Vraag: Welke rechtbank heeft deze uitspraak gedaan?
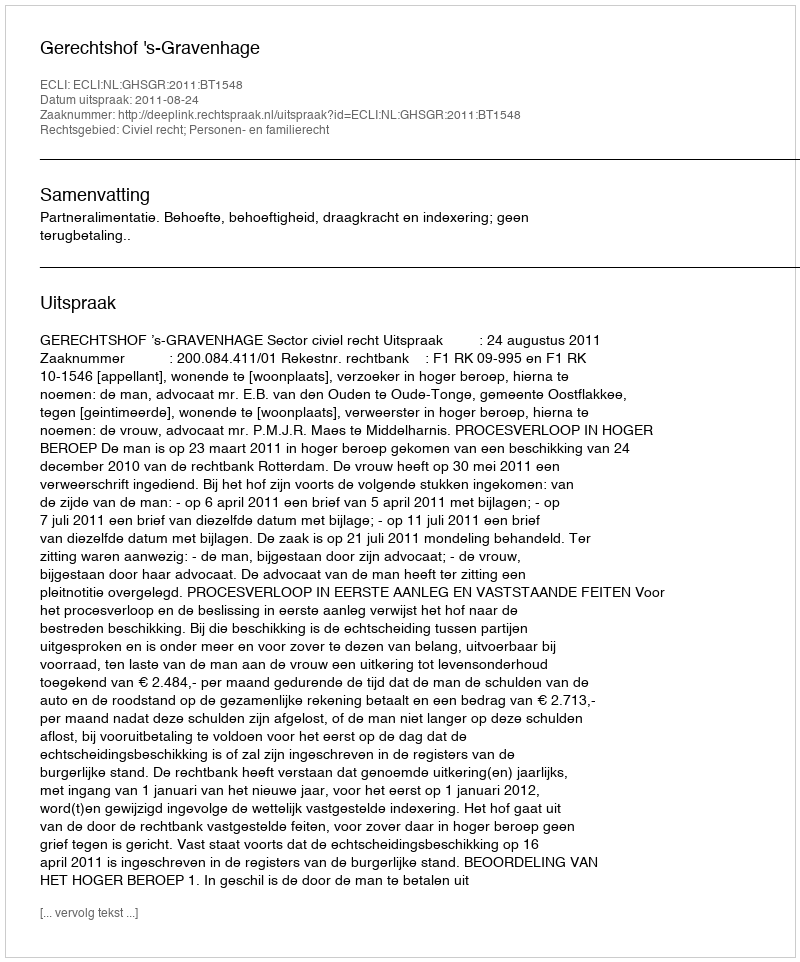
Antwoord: Gerechtshof 's-Gravenhage